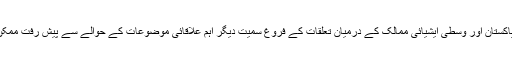
پاک تعلقات ، پاکستان اور وسطی ایشیائی ممالک کے درمیان تعلقات کے فروغ سمیت دیگر اہم علاقائی موضوعات کے حوالے سے پیش رفت ممکن ہو سکے گی۔